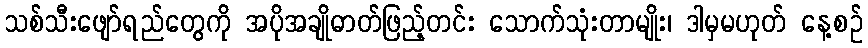
သစ်သီးဖျော်ရည်တွေကို အပိုအချိုဓာတ်ဖြည့်တင်း သောက်သုံးတာမျိုး၊ ဒါမှမဟုတ် နေ့စဉ်